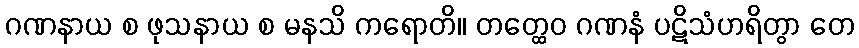
ဂဏနာယ စ ဖုသနာယ စ မနသိ ကရောတိ။ တတ္ထေဝ ဂဏနံ ပဋိသံဟရိတွာ တေ